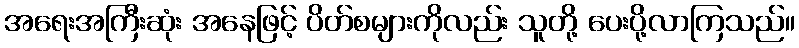
အရေးအကြီးဆုံး အနေဖြင့် ပိတ်စများကိုလည်း သူတို့ ပေးပို့လာကြသည်။